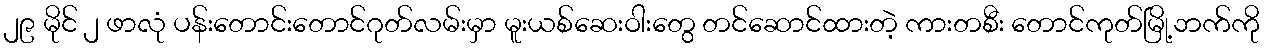
၂၉ မိုင် ၂ ဖာလုံ ပန်းတောင်းတောင်ဂုတ်လမ်းမှာ မူးယစ်ဆေးဝါးတွေ တင်ဆောင်ထားတဲ့ ကားတစီး တောင်ကုတ်မြို့ဘက်ကို